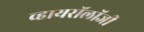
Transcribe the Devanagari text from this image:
व्हायरॉलॉजी